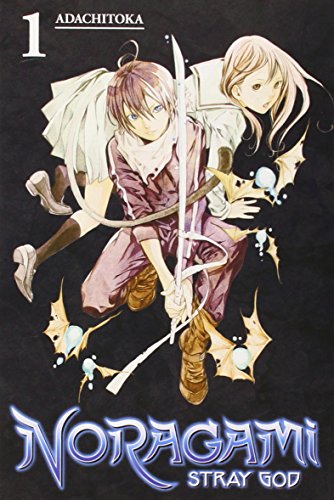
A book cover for Noragami: Stray God 1; Adachitoka; Comics & Graphic Novels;